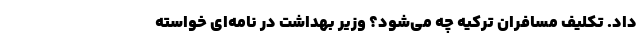
داد. تکلیف مسافران ترکیه چه می‌شود؟ وزیر بهداشت در نامه‌ای خواسته